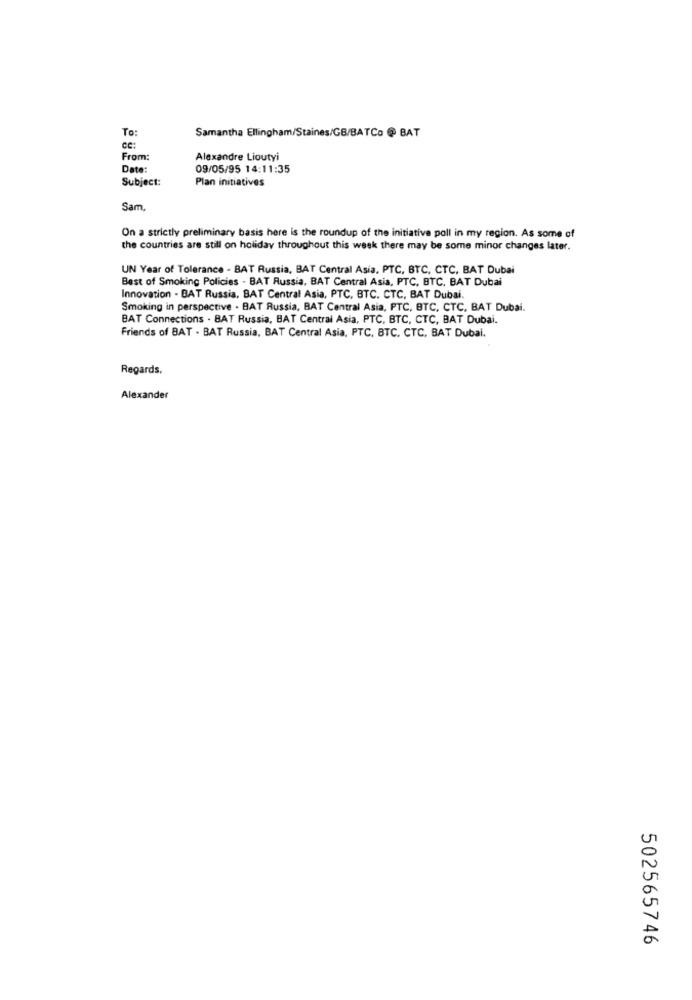
Samantha Ellingham/Staines/GB/BATCo @ BAT
To:
ce:
From:
Alexandre Lioutyi
Date:
09/05/95 14:11:35
Subject:
Plan initiatives
Sam,
On a strictly preliminary basis here is the roundup of the initiative poll in my region. As some of
the countries are still on holiday throughout this week there may be some minor changes later.
UN Year of Tolerance - BAT Russia, BAT Central Asia, PTC, BTC, CTC, BAT Dubai
Best of Smoking Policies - BAT Russia, BAT Central Asia, PTC, BTC, BAT Dubai
Innovation - BAT Russia, BAT Central Asia, PTC, BTC. CTC, BAT Dubai.
Smoking in perspective . BAT Russia, BAT Central Asia, PTC, BTC, CTC, BAT Dubai.
BAT Connections . BAT Russia, BAT Central Asia, PTC, BTC, CTC, BAT Dubai.
Friends of BAT - BAT Russia, BAT Central Asia, PTC, BTC, CTC, BAT Dubai.
Regards,
Alexander
502565746